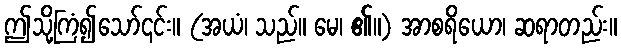
ဤသို့ကြံ၍သော်၎င်း။ (အယံ၊ သည်။ မေ၊ ၏။) အာစရိယော၊ ဆရာတည်း။